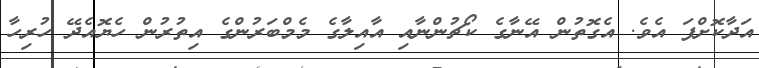
އަދާކޮށްފަ އެވެ. އެގޮތުން އޭނާގެ ކޯޗުންނާއި އާއިލާގެ މެމްބަރުންގެ އިތުރުން ހެޔޮއެދޭ ހުރިހާ